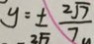
y = \pm \frac { 2 \sqrt { 7 } } { 7 }